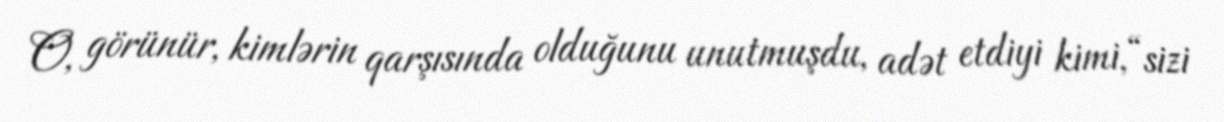
O, görünür, kimlərin qarşısında olduğunu unutmuşdu, adət etdiyi kimi, “sizi